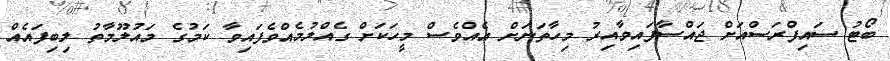
ބޯޓު ސައިފްރަސްއަށް ޖައްސާފައިވާއިރު މިހާތަނަށް އެއްވެސް މީހަކަށް ގެއްލުމެއްވެފައިވާ ކަމުގެ މައުލޫމާތު ލިބިފައެއް